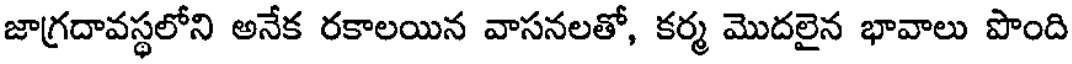
జాగ్రదావస్థలోని అనేక రకాలయిన వాసనలతో, కర్మ మొదలైన భావాలు పొంది